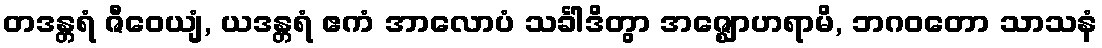
တဒန္တရံ ဇီဝေယျံ, ယဒန္တရံ ဧကံ အာလောပံ သင်္ခါဒိတွာ အဇ္ဈောဟရာမိ, ဘဂဝတော သာသနံ